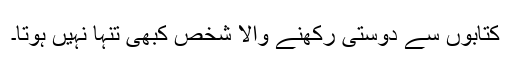
کتابوں سے دوستی رکھنے والا شخص کبھی تنہا نہیں ہوتا۔